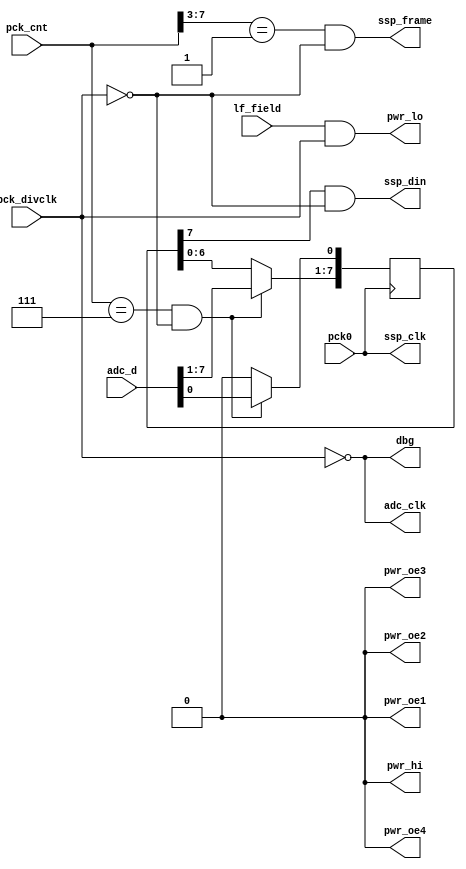
module lo_read(
	input pck0, input [7:0] pck_cnt, input pck_divclk,
	output pwr_lo, output pwr_hi,
	output pwr_oe1, output pwr_oe2, output pwr_oe3, output pwr_oe4,
	input [7:0] adc_d, output adc_clk,
	output ssp_frame, output ssp_din, output ssp_clk,
	output dbg,
	input lf_field
);

reg [7:0] to_arm_shiftreg;

// this task also runs at pck0 frequency (24Mhz) and is used to serialize
// the ADC output which is then clocked into the ARM SSP.

// because pck_divclk always transitions when pck_cnt = 0 we use the
// pck_div counter to sync our other signals off it
// we read the ADC value when pck_cnt=7 and shift it out on counts 8..15
always @(posedge pck0)
begin
	if((pck_cnt == 8'd7) && !pck_divclk)
		to_arm_shiftreg <= adc_d;
	else begin
		to_arm_shiftreg[7:1] <= to_arm_shiftreg[6:0];
		// simulation showed a glitch occuring due to the LSB of the shifter
		// not being set as we shift bits out
		// this ensures the ssp_din remains low after a transfer and suppresses
		// the glitch that would occur when the last data shifted out ended in
		// a 1 bit and the next data shifted out started with a 0 bit
		to_arm_shiftreg[0] <= 1'b0;
	end
end

// ADC samples on falling edge of adc_clk, data available on the rising edge

// example of ssp transfer of binary value 1100101
// start of transfer is indicated by the rise of the ssp_frame signal
// ssp_din changes on the rising edge of the ssp_clk clock and is clocked into
// the ARM by the falling edge of ssp_clk
//             _______________________________
// ssp_frame__|                               |__
//             _______         ___     ___
// ssp_din  __|       |_______|   |___|   |______
//         _   _   _   _   _   _   _   _   _   _
// ssp_clk  |_| |_| |_| |_| |_| |_| |_| |_| |_| |_

// serialized SSP data is gated by ant_lo to suppress unwanted signal
assign ssp_din = to_arm_shiftreg[7] && !pck_divclk;
// SSP clock always runs at 24Mhz
assign ssp_clk = pck0;
// SSP frame is gated by ant_lo and goes high when pck_divider=8..15
assign ssp_frame = (pck_cnt[7:3] == 5'd1) && !pck_divclk;
// unused signals tied low
assign pwr_hi = 1'b0;
assign pwr_oe1 = 1'b0;
assign pwr_oe2 = 1'b0;
assign pwr_oe3 = 1'b0;
assign pwr_oe4 = 1'b0;
// this is the antenna driver signal
assign pwr_lo = lf_field & pck_divclk;
// ADC clock out of phase with antenna driver
assign adc_clk = ~pck_divclk;
// ADC clock also routed to debug pin
assign dbg = adc_clk;
endmodule